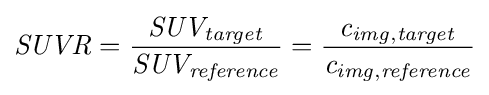
{\mathit {SUVR}}={\frac {\mathit {SUV_{target}}}{\mathit {SUV_{reference}}}}={\frac {\mathit {c_{img,target}}}{\mathit {c_{img,reference}}}}